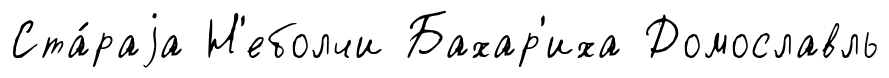
Ста́раjа Н'еболчи Бахар'иха Домославль